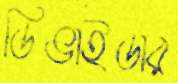
ডিভাইডার